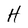
Character: H